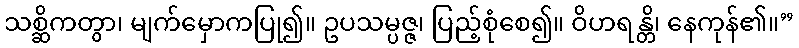
သစ္ဆိကတွာ၊ မျက်မှောကပြု၍။ ဥပသမ္ပဇ္ဇ၊ ပြည့်စုံစေ၍။ ဝိဟရန္တိ၊ နေကုန်၏။”